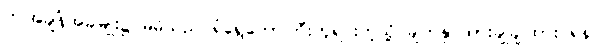
ဤအချိန်အခါမျိုး၌ မိမိသည် ရံရွေတော်ကြီးဘူရင်းကဲ့သို့ မျက်နှာထားချိုချိုထား ရန်